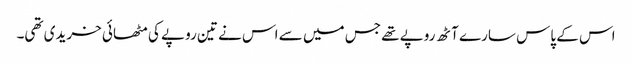
اس کے پاس سارے آٹھ روپے تھے جس میں سے اس نے تین روپے کی مٹھائی خریدی تھی۔